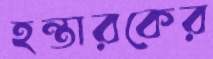
হন্তারকের